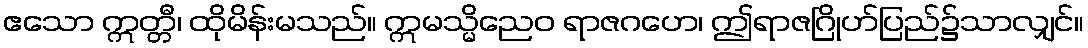
ဧသော ဣတ္တီ၊ ထိုမိန်းမသည်။ ဣမသ္မိညေဝ ရာဇဂဟေ၊ ဤရာဇဂြိုဟ်ပြည်၌သာလျှင်။